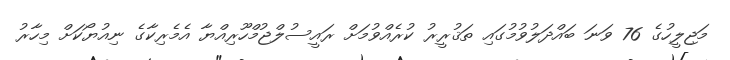
މަޖިލީހުގެ 76 ވަނަ ބައްދަލުވުމުގައި ތަޤުރީރު ކުރެއްވުމަށް ރައީސުލްޖުމްހޫރިއްޔާ އެމެރިކާގެ ނިއުޔޯކަށް މިހާރު